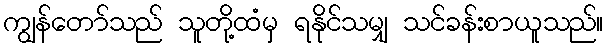
ကျွန်တော်သည် သူတို့ထံမှ ရနိုင်သမျှ သင်ခန်းစာယူသည်။